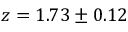
z = 1 . 7 3 \pm 0 . 1 2